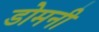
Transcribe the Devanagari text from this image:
डोमनी